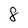
Character: 8